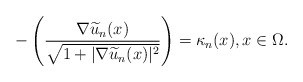
\begin{align*} -\left(\frac{ \nabla\widetilde u_n(x) }{\sqrt{1+|\nabla \widetilde u_n(x)|^2}}\right)= \kappa_n(x), x \in \Omega.\end{align*}